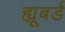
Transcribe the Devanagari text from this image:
ह्यूबर्ड